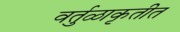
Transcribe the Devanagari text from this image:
वर्तुळाकृतीत